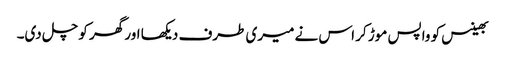
بھینس کو واپس موڑ کر اس نے میری طرف دیکھا اور گھر کو چل دی۔